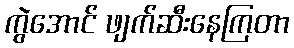
ကွဲအောင် ဖျက်ဆီးနေကြတာ